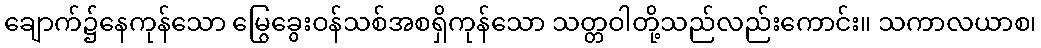
ချောက်၌နေကုန်သော မြွေခွေးဝန်သစ်အစရှိကုန်သော သတ္တဝါတို့သည်လည်းကောင်း။ သကာလယာစ၊